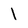
Character: 1